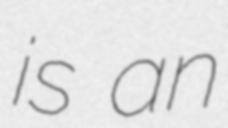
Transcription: is an